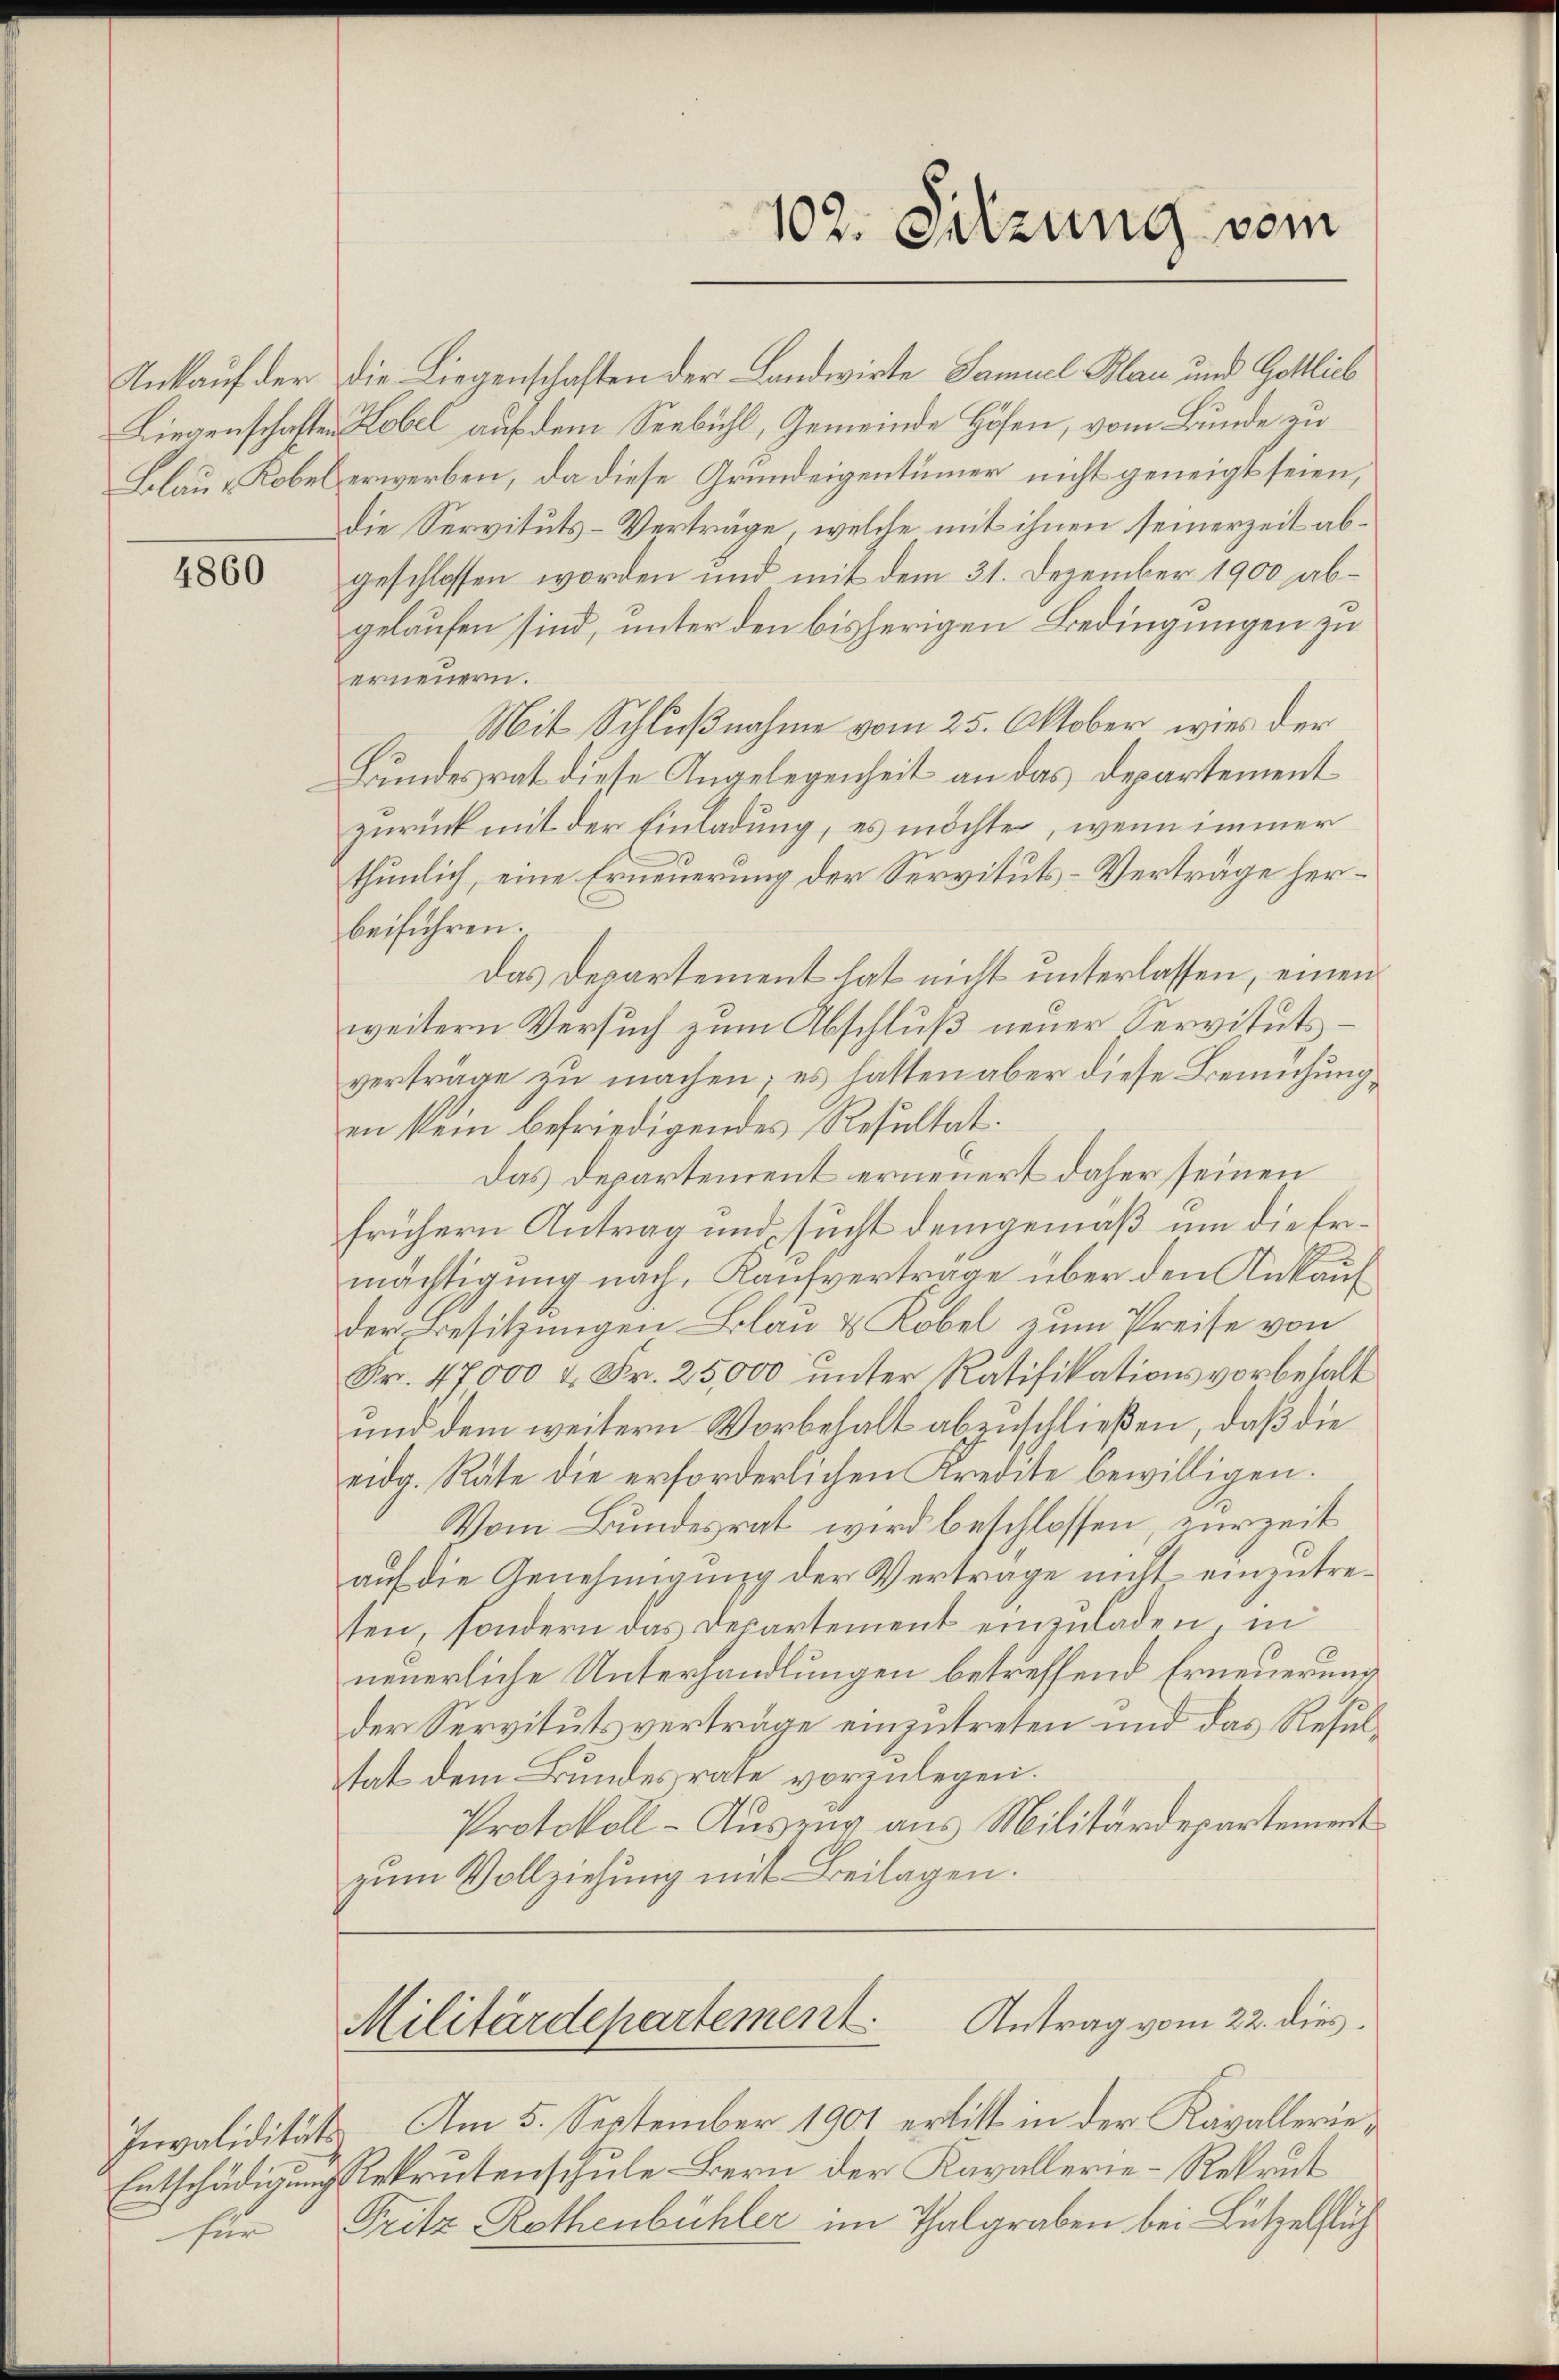
4860

für

102. Sitzung vom

Inkauf der die Liegenschaften der Landwirte Samuel Blau und Gottlich
Liegenschaften Kobel auf dem Seebühl, Gemeinde Höfen, vom Bunde zu
Blaue Kobel erwerben, da diese Grundeigentümer nicht geneigt seien,
die Servituts-Verträge, welche mit ihnen seinerzeit abgeschlossen worden und mit dem 31. Dezember 1900 abgelaufen sind, unter den bisherigen Bedingungen zu
erneuern.
Mit Schlußnahme vom 25. Oktober, wies der
Bundesrat diese Angelegenheit an das Departement
zurück mit der Einladung, es möchte, wenn immer
thunlich, eine Erneuerung der Servituts-Verträge herbeiführen.
Das Departement hat nicht unterlassen, einen
weitern Versuch zum Abschluß neuer Servitutsverträge zu machen; es hatten aber diese Bemühung,
en kein befriedigendes Resultat.
Das Departement erneuert daher seinen
frühern Antrag und sucht demgemäß um die Ermächtigung nach, Kaufvertrage über den Ankauf
der Besitzungen Blau & Kobel zum Preise von
Fr. 47000 & Fr. 25,000 unter Ratifikationsvorbehalt
und dem weitern Vorbehalt abzuschließen, daß die
eidg. Räte die erforderlichen Kredite bewilligen.
Vom Bundesrat wird beschlossen, zurzeit
auf die Genehmigung der Vertrage nicht einzutresen, sondern das Departement einzuladen, in
neuerliche Unterhandlungen betreffend Erneuerung
Der Servitutsverträge einzutreten und das Resultat dem Bundesrate vorzulegen.
Protokoll - Auszug aus Militärdepartement
zum Vollziehung mit Beilagen.

Antrag vom 22. dies
Militärdepartement.

Invalidität. Am 5. September 1901 erlitt in der Kavallerie¬
Entschädigung Rekrutenschule Bern der Kavallerie-Rekrut
Fritz Rothenbühler im Thalgraben bei Lützelflüh